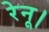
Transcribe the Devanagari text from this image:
रेनू।